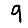
Digit: 9